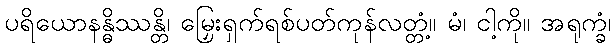
ပရိယောနန္ဓိဿန္တိ၊ မြှေးရှက်ရစ်ပတ်ကုန်လတ္တံ့။ မံ၊ ငါ့ကို။ အရုက္ခံ၊